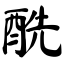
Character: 酰